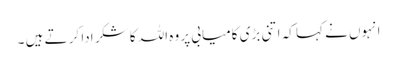
انہوں نے کہا کہ اتنی بڑی کامیابی پر وہ اللہ کا شکر ادا کر تے ہیں ۔